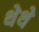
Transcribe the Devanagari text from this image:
थेथे